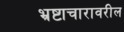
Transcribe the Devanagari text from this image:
भ्रष्टाचारावरील